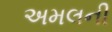
અમલની